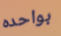
بواحده